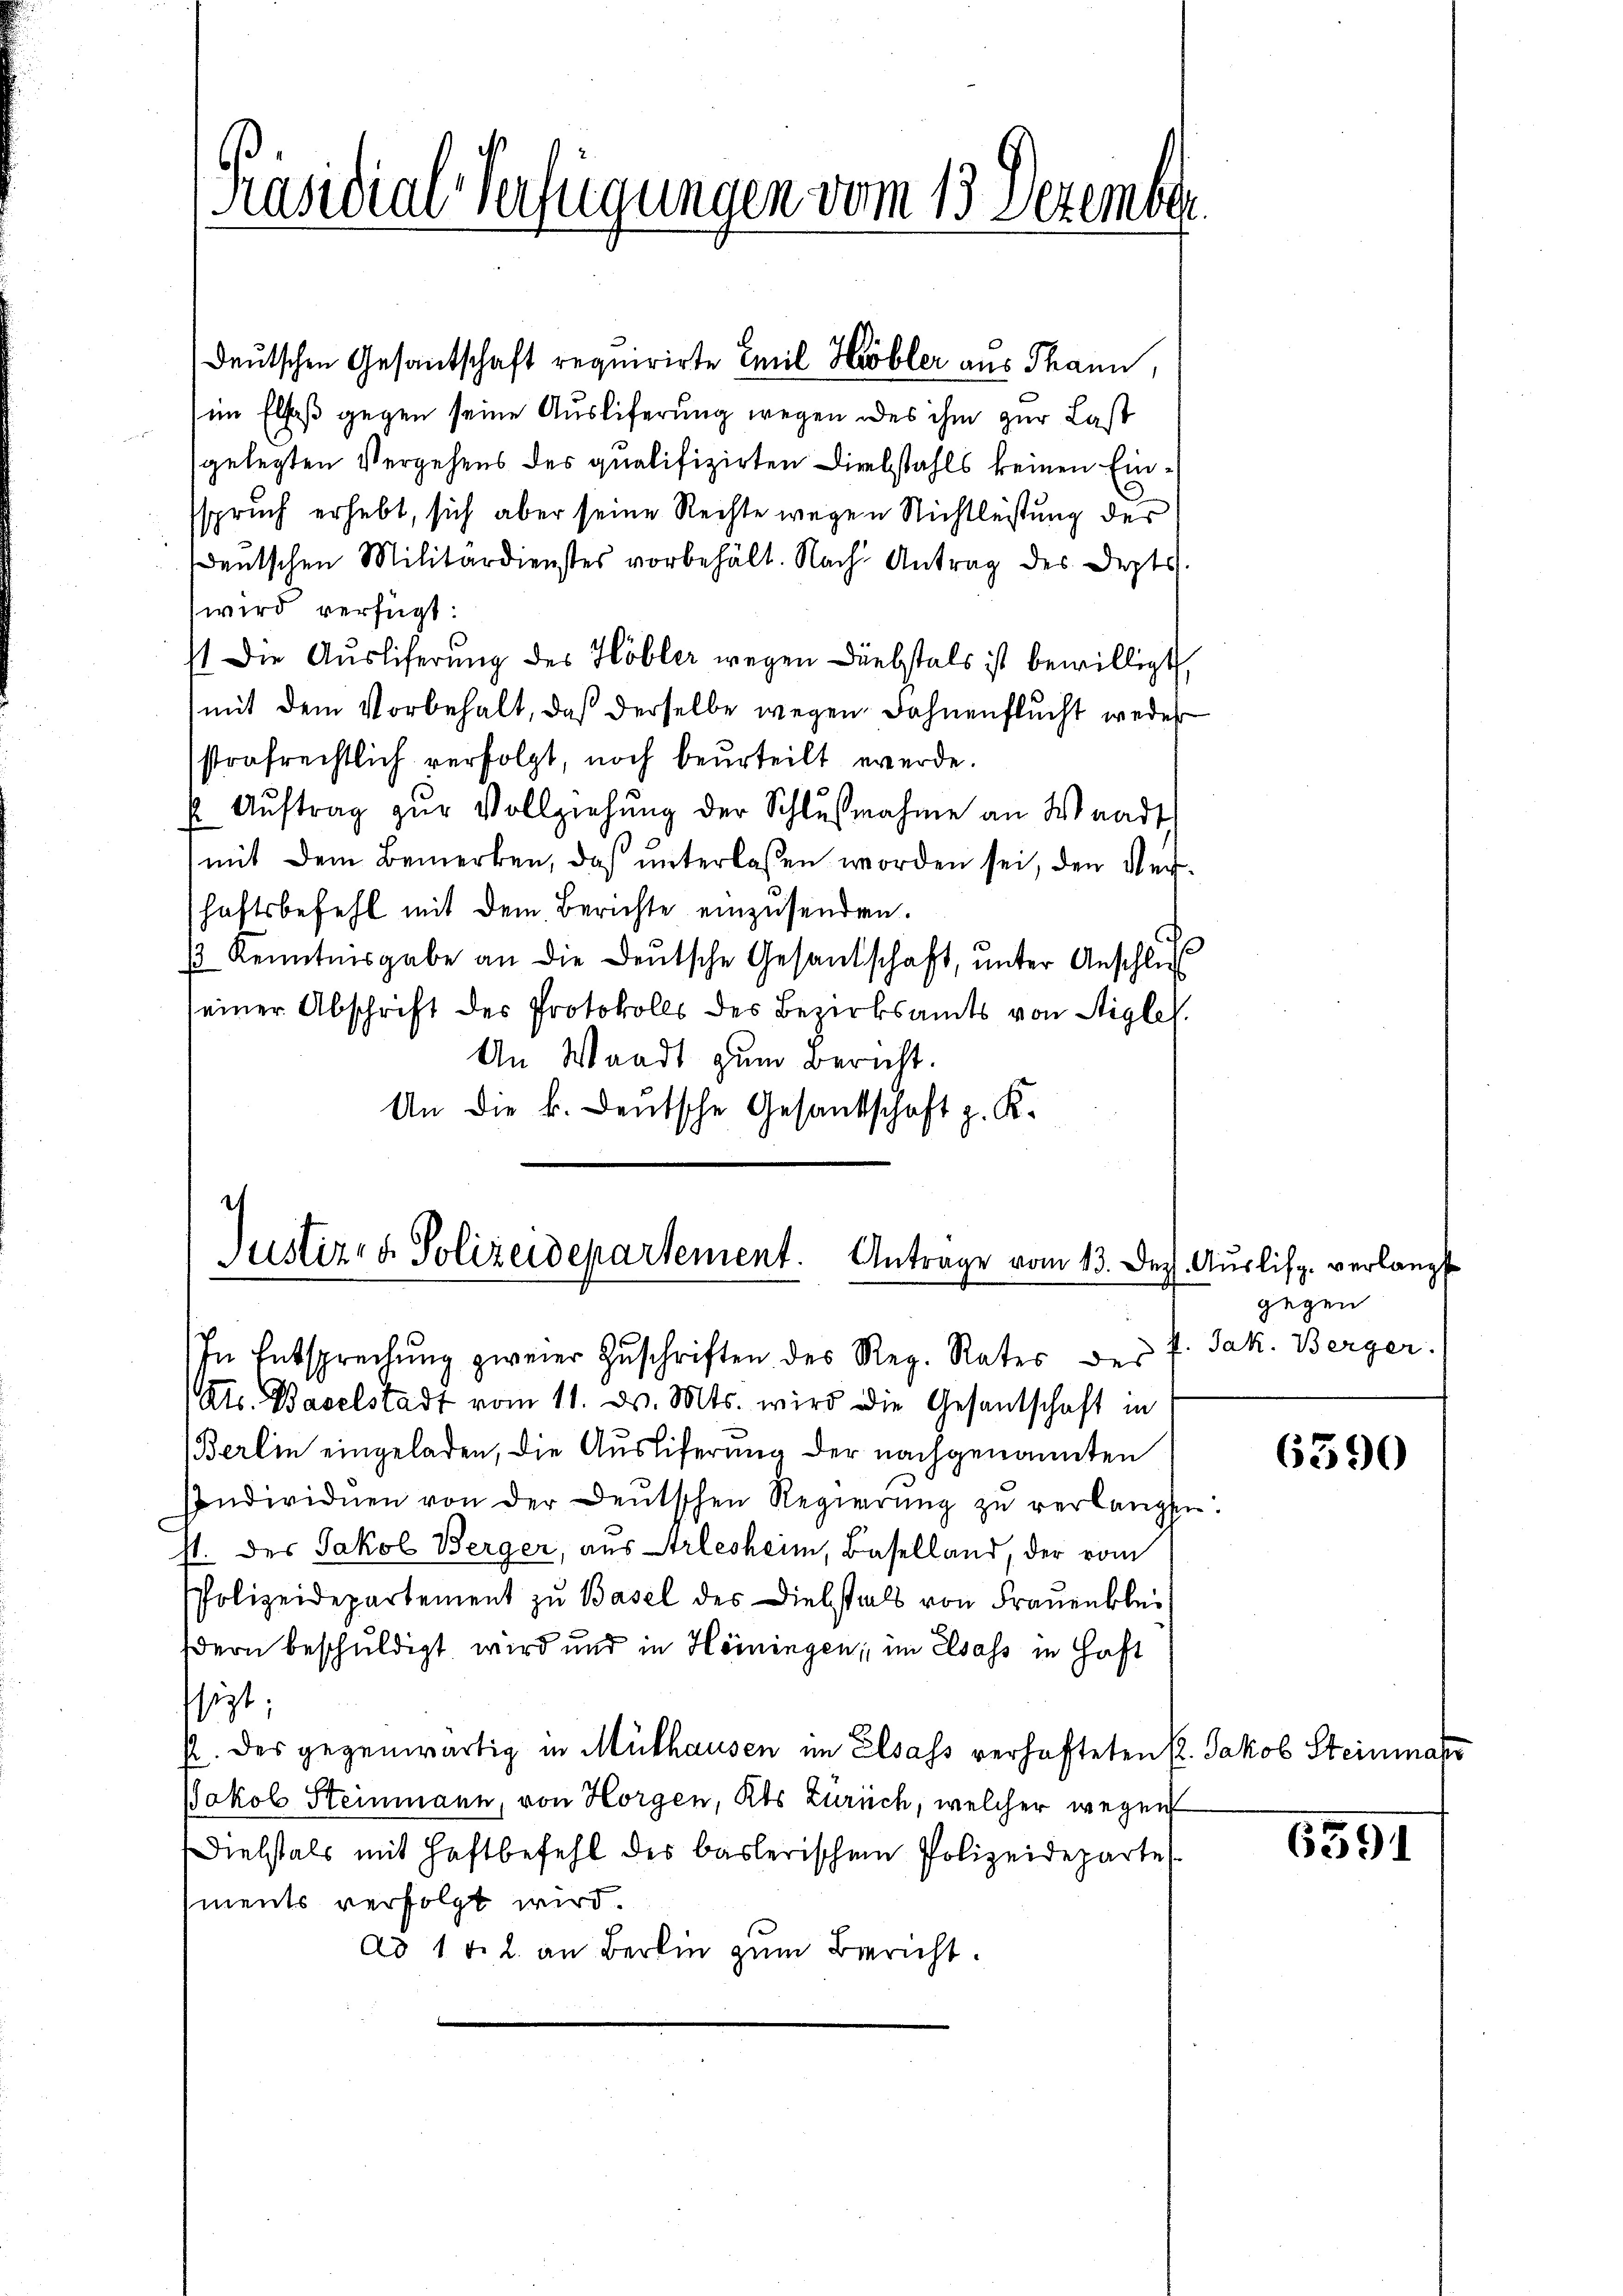
Präsidial-Verfügungen vom 13. Dezember

i
Justiz- & Polizeidepartement. Anträge vom 13. Dez. Auslisp. verlangt
In Entsprechung zweier Zuschriften des Reg. Rates des

deutschen Gesandschaft requirirte Emil Höbler aus Thann,
im Elsaß gegen seine Ausliferung wegen des ihm zur Last
gelegten Vergehens des qualifizirten Diebstahls keinen Einsspruch erhebt, sich aber seine Rechte wegen Nichtleistung des
sdeutschen Militärdienstes vorbehält. Nach Antrag des Depts.
wird verfügt:
1 Die Auslieferung des Höbler wegen Diebstals ist bewilligt,
mit dem Vorbehalt, daß derselbe wegen Fahnenflucht weder
strafrechtlich verfolgt, noch beurteilt werde.
E Aŭftrag zŭr Vollziehŭng der Schlŭβnahme an Waadt
mit dem Bemerken, daβ ŭnterlassen worden sei, den Ver-
haftsbefehl mit dem Berichte einzusenden.
½ Kenntnisgabe an die deŭtsche Gesandschaft, ŭnter Anschlus
seiner Abschrift des Protokolls des Bezirksamts von Stigle
An Waadt zum Bericht.
An die k. Deutsche Gesandschaft z. K.

gegen
V. Jak. Berger.

Ats. Baselstadt vom 11. d. Mts. wird die Gesantschaft in
Berlin eingeladen, die Ausliferung der nachgenannten
Individuen von der Deutschen Regierŭng zŭ verlangten.
st. des Jakob Berger, aus Arlesheim, Baselland, der vom
Polizeidepartement zu Basel des Diebstals von Fraŭenblei
dern beschuldigt wird und in Hörningen, im Elsass in Haft
ssizt,
p. des gegenwärtig in Mülhausen im Elsass verhafteten P. Jakob Steinmal
JJakob Steinmann, von Horgen, Kts Zürich, welcher wegen
Diebstals mit Haftbefehl des baslerischen Polizeideparte
ments verfolgt wird.
ad 1 t l. an Berlin zum Bericht.

6390

6591